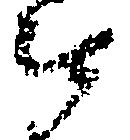
被